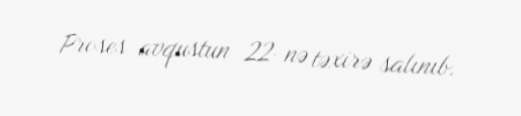
Proses avqustun 22-nə təxirə salınıb.